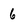
Character: 6